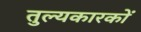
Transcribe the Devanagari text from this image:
तुल्यकारकों